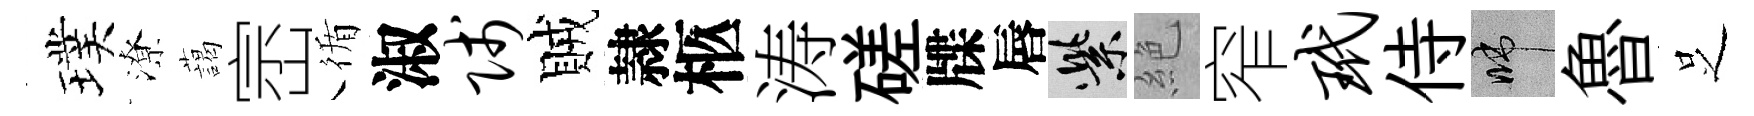
璞潦藹崈循淑贱賊隷柩涛磋牒唇紫絶窄玳侍啼魯𠯁